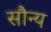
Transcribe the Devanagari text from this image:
सौन्य